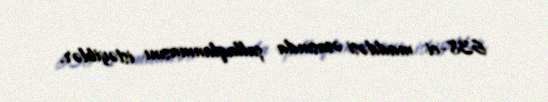
638-ci maddəsi əsasında şallaqlanmasını istəyiblər.